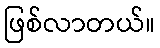
ဖြစ်လာတယ်။